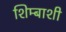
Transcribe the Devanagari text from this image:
शिम्बाशी